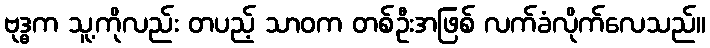
ဗုဒ္ဓက သူ့ကိုလည်း တပည့် သာဝက တစ်ဦးအဖြစ် လက်ခံလိုက်လေသည်။